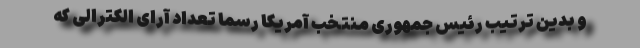
و بدین ترتیب رئیس جمهوری منتخب آمریکا رسما تعداد آرای الکترالی که